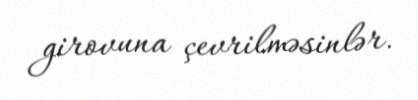
girovuna çevrilməsinlər.